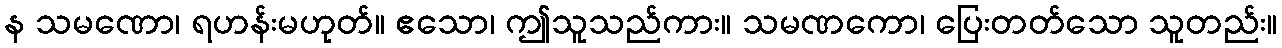
န သမဏော၊ ရဟန်းမဟုတ်။ ဧသော၊ ဤသူသည်ကား။ သမဏကော၊ ပြေးတတ်သော သူတည်း။